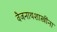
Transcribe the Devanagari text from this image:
वैजनाथशास्त्रींना